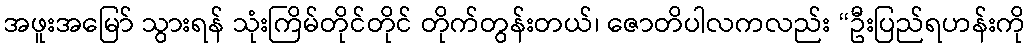
အဖူးအမြော် သွားရန် သုံးကြိမ်တိုင်တိုင် တိုက်တွန်းတယ်၊ ဇောတိပါလကလည်း “ဦးပြည်ရဟန်းကို